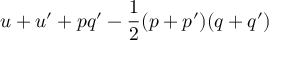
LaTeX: u + u ^ { \prime } + p q ^ { \prime } - { \frac { 1 } { 2 } } ( p + p ^ { \prime } ) ( q + q ^ { \prime } )